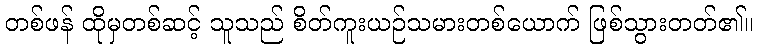
တစ်ဖန် ထိုမှတစ်ဆင့် သူသည် စိတ်ကူးယဉ်သမားတစ်ယောက် ဖြစ်သွားတတ်၏။